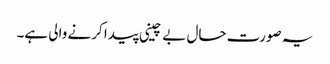
یہ صورت حال بے چینی پیدا کرنے والی ہے۔